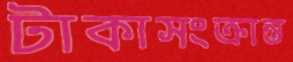
টাকাসংক্রান্ত